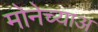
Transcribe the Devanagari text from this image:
मोनेच्याअ